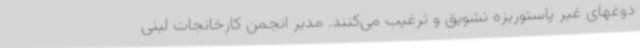
دوغهای غیر پاستوریزه تشویق و ترغیب می‌کنند. مدیر انجمن کارخانجات لبنی